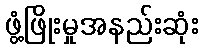
ဖွံ့ဖြိုးမှုအနည်းဆုံး